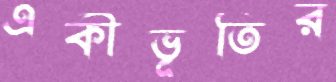
একীভূতির